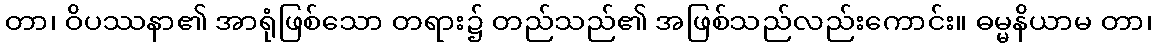
တာ၊ ဝိပဿနာ၏ အာရုံဖြစ်သော တရား၌ တည်သည်၏ အဖြစ်သည်လည်းကောင်း။ ဓမ္မနိယာမ တာ၊